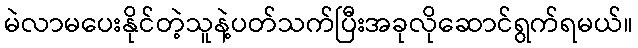
မဲလာမပေးနိုင်တဲ့သူနဲ့ပတ်သက်ပြီးအခုလိုဆောင်ရွက်ရမယ်။